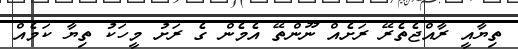
ތިޔާއީ ރާއްޖެތެރޭ ރަށެއް ނޫންތޭ އެމެން ގެ ރަށު މީހަކު ތިޔާ ކަމެއް